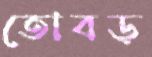
তোবড়